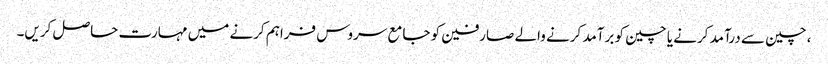
، چین سے درآمد کرنے یا چین کو برآمد کرنے والے صارفین کو جامع سروس فراہم کرنے میں مہارت حاصل کریں۔